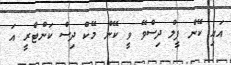
އައި ކޭން ފީލް ދިސްވޭ ވީ ކޭން މޭކް ދިސް ކަންޓްރީ އަ